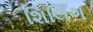
શિલિઁગ